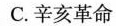
C.辛亥革命